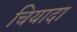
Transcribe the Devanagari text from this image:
चियादा